Document type: Sale
Year: 1290
Scribe: Miquel Rotllan
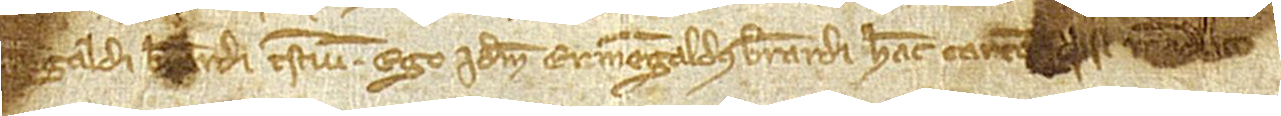
[et Ermen]galdi Bernardi, testium. Ego ídem Ermengaldus Bernardi hanc cartam [feci] mandato